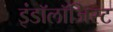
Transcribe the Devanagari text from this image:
इंडॉलॉजिस्ट